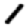
Digit: 1